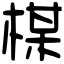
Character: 楳